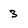
Character: 3